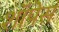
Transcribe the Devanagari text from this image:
शॉपेस